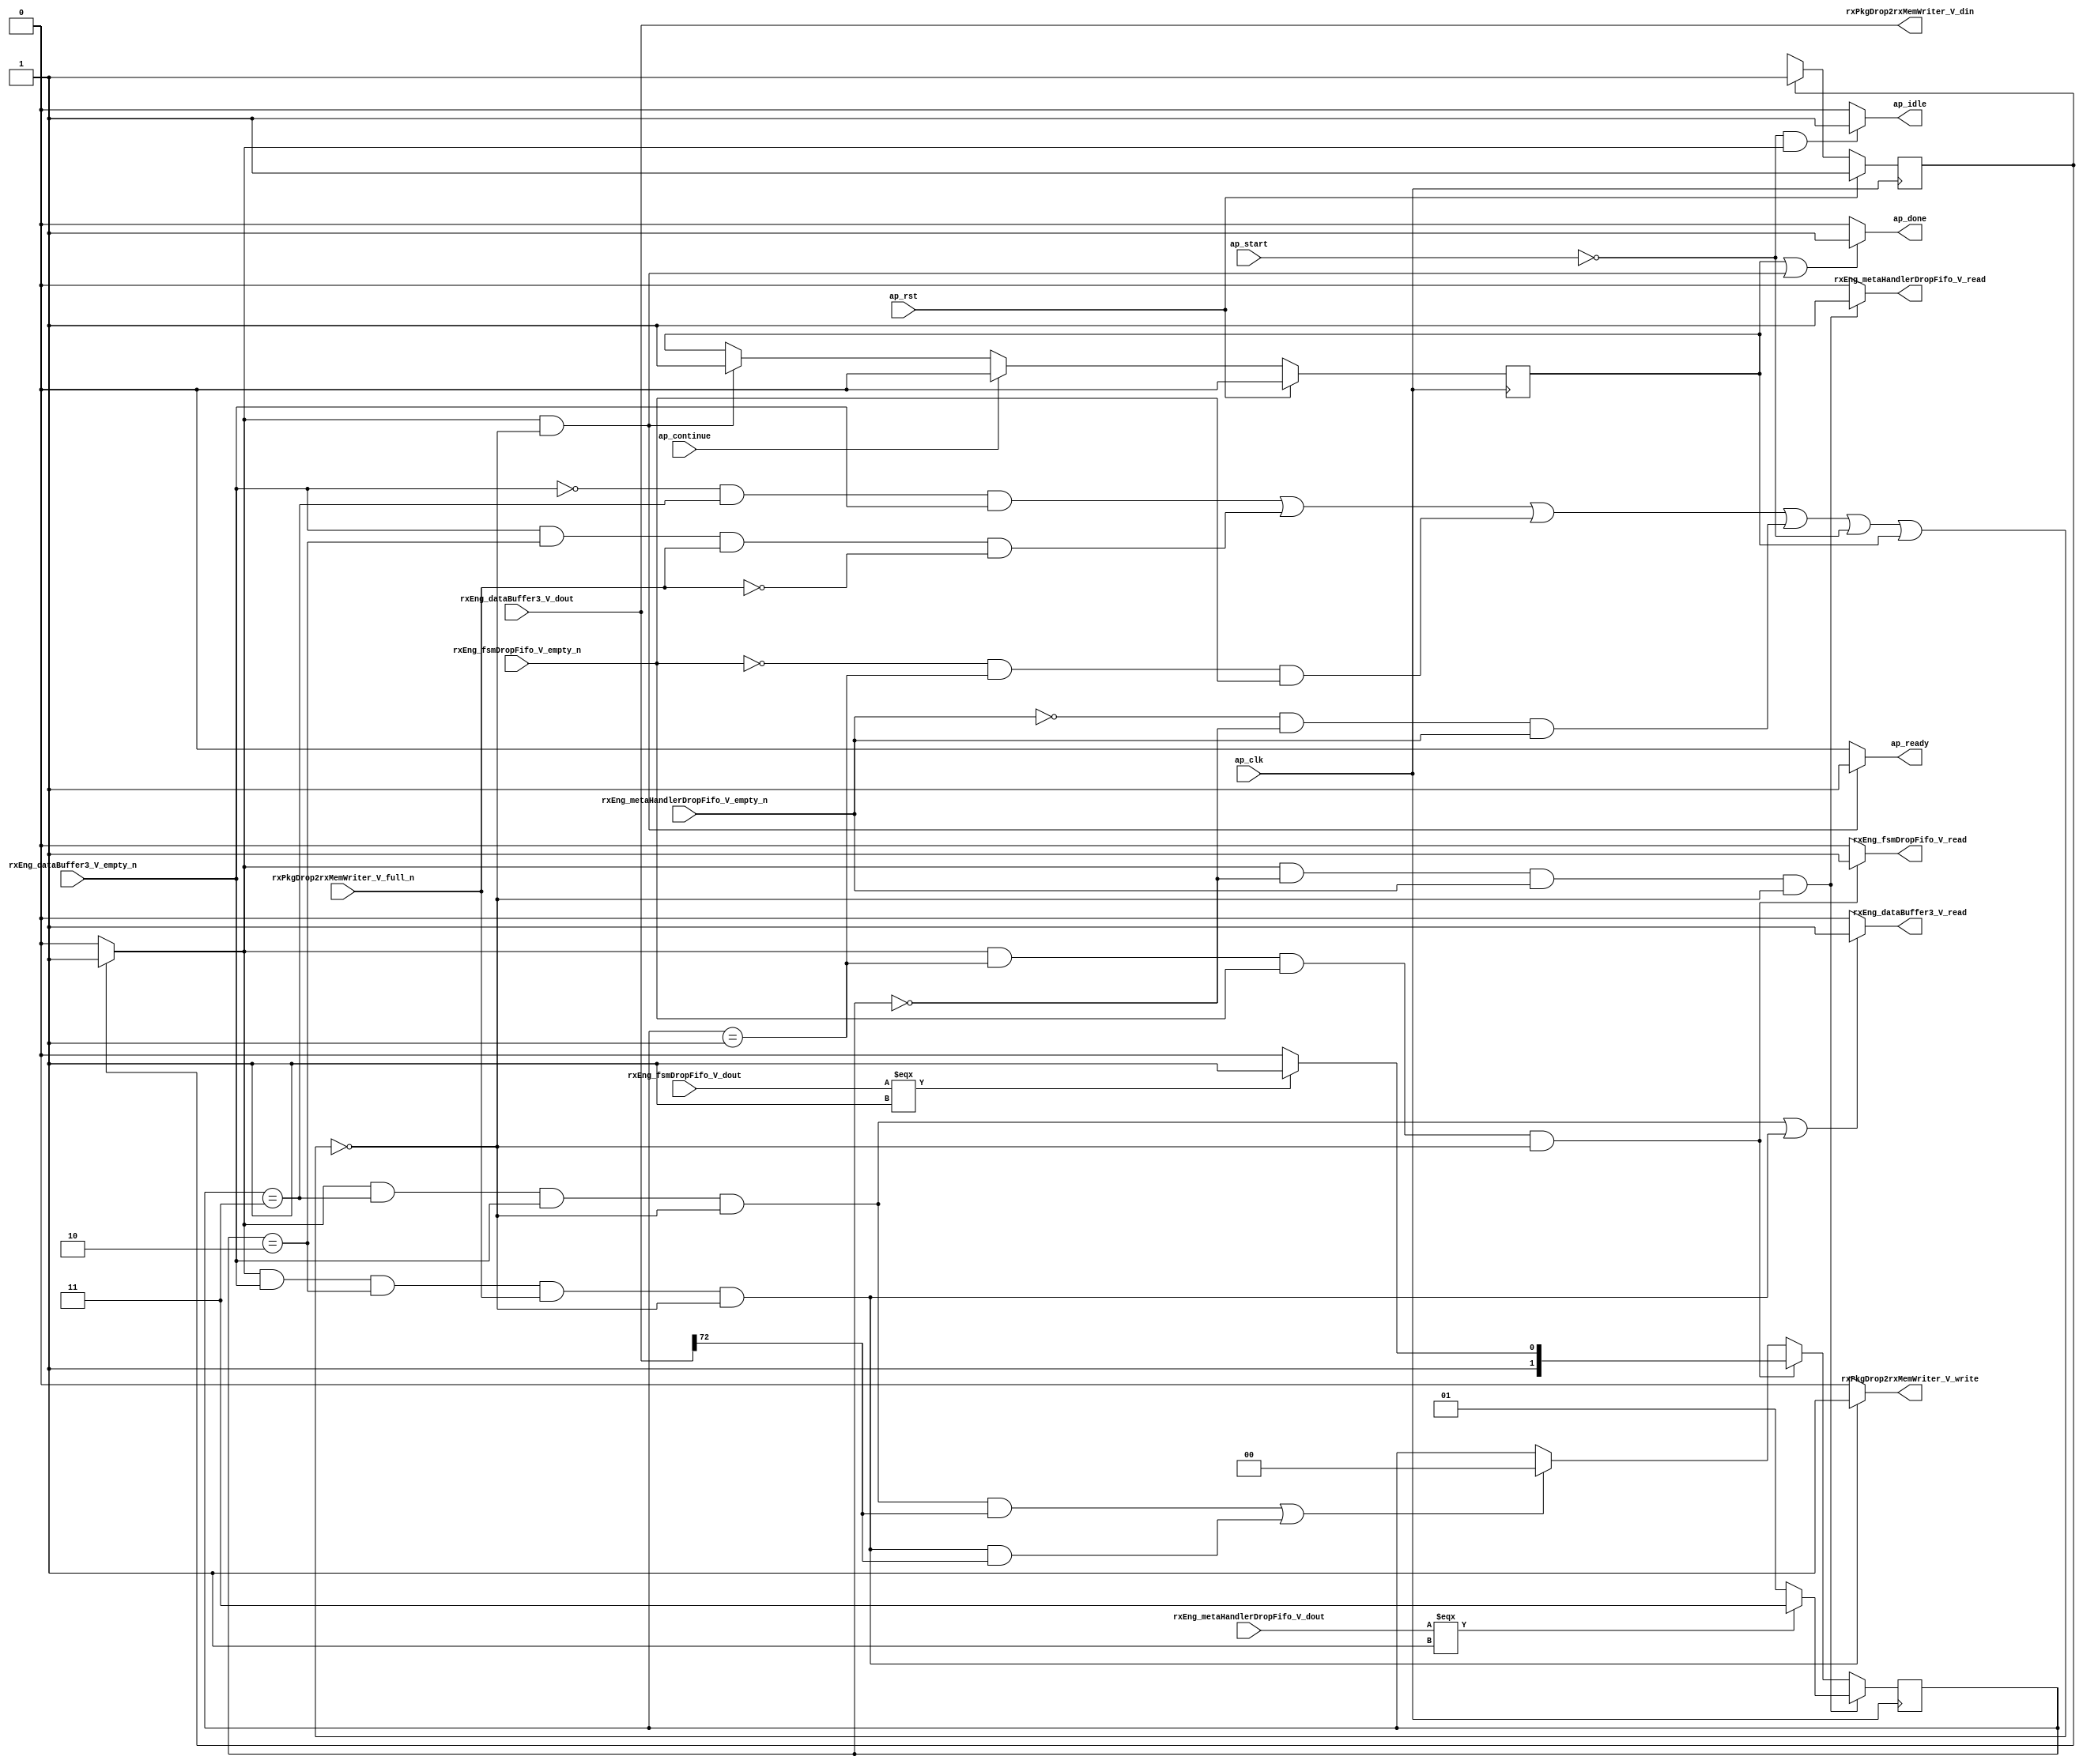
// ==============================================================
// RTL generated by Vivado(TM) HLS - High-Level Synthesis from C, C++ and SystemC
// Version: 2015.1
// Copyright (C) 2015 Xilinx Inc. All rights reserved.
// 
// ===========================================================

`timescale 1 ns / 1 ps 

module toe_rxPackageDropper (
        ap_clk,
        ap_rst,
        ap_start,
        ap_done,
        ap_continue,
        ap_idle,
        ap_ready,
        rxEng_metaHandlerDropFifo_V_dout,
        rxEng_metaHandlerDropFifo_V_empty_n,
        rxEng_metaHandlerDropFifo_V_read,
        rxEng_fsmDropFifo_V_dout,
        rxEng_fsmDropFifo_V_empty_n,
        rxEng_fsmDropFifo_V_read,
        rxEng_dataBuffer3_V_dout,
        rxEng_dataBuffer3_V_empty_n,
        rxEng_dataBuffer3_V_read,
        rxPkgDrop2rxMemWriter_V_din,
        rxPkgDrop2rxMemWriter_V_full_n,
        rxPkgDrop2rxMemWriter_V_write
);

parameter    ap_const_logic_1 = 1'b1;
parameter    ap_const_logic_0 = 1'b0;
parameter    ap_ST_st1_fsm_0 = 1'b1;
parameter    ap_const_lv32_0 = 32'b00000000000000000000000000000000;
parameter    ap_const_lv1_1 = 1'b1;
parameter    ap_const_lv2_0 = 2'b00;
parameter    ap_const_lv2_3 = 2'b11;
parameter    ap_const_lv1_0 = 1'b0;
parameter    ap_const_lv2_2 = 2'b10;
parameter    ap_const_lv2_1 = 2'b1;
parameter    ap_const_lv32_48 = 32'b1001000;
parameter    ap_true = 1'b1;

input   ap_clk;
input   ap_rst;
input   ap_start;
output   ap_done;
input   ap_continue;
output   ap_idle;
output   ap_ready;
input  [0:0] rxEng_metaHandlerDropFifo_V_dout;
input   rxEng_metaHandlerDropFifo_V_empty_n;
output   rxEng_metaHandlerDropFifo_V_read;
input  [0:0] rxEng_fsmDropFifo_V_dout;
input   rxEng_fsmDropFifo_V_empty_n;
output   rxEng_fsmDropFifo_V_read;
input  [72:0] rxEng_dataBuffer3_V_dout;
input   rxEng_dataBuffer3_V_empty_n;
output   rxEng_dataBuffer3_V_read;
output  [72:0] rxPkgDrop2rxMemWriter_V_din;
input   rxPkgDrop2rxMemWriter_V_full_n;
output   rxPkgDrop2rxMemWriter_V_write;

reg ap_done;
reg ap_idle;
reg ap_ready;
reg rxEng_metaHandlerDropFifo_V_read;
reg rxEng_fsmDropFifo_V_read;
reg rxEng_dataBuffer3_V_read;
reg rxPkgDrop2rxMemWriter_V_write;
reg    ap_done_reg = 1'b0;
(* fsm_encoding = "none" *) reg   [0:0] ap_CS_fsm = 1'b1;
reg    ap_sig_cseq_ST_st1_fsm_0;
reg    ap_sig_bdd_20;
reg   [1:0] tpf_state = 2'b00;
wire   [0:0] grp_nbreadreq_fu_76_p3;
wire   [0:0] tmp_111_nbwritereq_fu_90_p3;
wire   [0:0] tmp_106_nbreadreq_fu_106_p3;
wire   [0:0] tmp_nbreadreq_fu_120_p3;
reg    ap_sig_bdd_89;
wire   [0:0] grp_fu_135_p3;
wire   [1:0] storemerge_fu_153_p3;
wire   [1:0] storemerge8_fu_167_p3;
reg   [0:0] ap_NS_fsm;




/// the current state (ap_CS_fsm) of the state machine. ///
always @ (posedge ap_clk)
begin : ap_ret_ap_CS_fsm
    if (ap_rst == 1'b1) begin
        ap_CS_fsm <= ap_ST_st1_fsm_0;
    end else begin
        ap_CS_fsm <= ap_NS_fsm;
    end
end

/// ap_done_reg assign process. ///
always @ (posedge ap_clk)
begin : ap_ret_ap_done_reg
    if (ap_rst == 1'b1) begin
        ap_done_reg <= ap_const_logic_0;
    end else begin
        if ((ap_const_logic_1 == ap_continue)) begin
            ap_done_reg <= ap_const_logic_0;
        end else if (((ap_const_logic_1 == ap_sig_cseq_ST_st1_fsm_0) & ~ap_sig_bdd_89)) begin
            ap_done_reg <= ap_const_logic_1;
        end
    end
end

/// assign process. ///
always @(posedge ap_clk)
begin
    if (((ap_const_logic_1 == ap_sig_cseq_ST_st1_fsm_0) & (ap_const_lv2_0 == tpf_state) & ~(ap_const_lv1_0 == tmp_nbreadreq_fu_120_p3) & ~ap_sig_bdd_89)) begin
        tpf_state <= storemerge8_fu_167_p3;
    end else if (((ap_const_logic_1 == ap_sig_cseq_ST_st1_fsm_0) & (tpf_state == ap_const_lv2_1) & ~(ap_const_lv1_0 == tmp_106_nbreadreq_fu_106_p3) & ~ap_sig_bdd_89)) begin
        tpf_state <= storemerge_fu_153_p3;
    end else if ((((ap_const_logic_1 == ap_sig_cseq_ST_st1_fsm_0) & (tpf_state == ap_const_lv2_3) & ~(grp_nbreadreq_fu_76_p3 == ap_const_lv1_0) & ~ap_sig_bdd_89 & ~(ap_const_lv1_0 == grp_fu_135_p3)) | ((ap_const_logic_1 == ap_sig_cseq_ST_st1_fsm_0) & ~(grp_nbreadreq_fu_76_p3 == ap_const_lv1_0) & (tpf_state == ap_const_lv2_2) & ~(ap_const_lv1_0 == tmp_111_nbwritereq_fu_90_p3) & ~ap_sig_bdd_89 & ~(ap_const_lv1_0 == grp_fu_135_p3)))) begin
        tpf_state <= ap_const_lv2_0;
    end
end

/// ap_done assign process. ///
always @ (ap_done_reg or ap_sig_cseq_ST_st1_fsm_0 or ap_sig_bdd_89)
begin
    if (((ap_const_logic_1 == ap_done_reg) | ((ap_const_logic_1 == ap_sig_cseq_ST_st1_fsm_0) & ~ap_sig_bdd_89))) begin
        ap_done = ap_const_logic_1;
    end else begin
        ap_done = ap_const_logic_0;
    end
end

/// ap_idle assign process. ///
always @ (ap_start or ap_sig_cseq_ST_st1_fsm_0)
begin
    if ((~(ap_const_logic_1 == ap_start) & (ap_const_logic_1 == ap_sig_cseq_ST_st1_fsm_0))) begin
        ap_idle = ap_const_logic_1;
    end else begin
        ap_idle = ap_const_logic_0;
    end
end

/// ap_ready assign process. ///
always @ (ap_sig_cseq_ST_st1_fsm_0 or ap_sig_bdd_89)
begin
    if (((ap_const_logic_1 == ap_sig_cseq_ST_st1_fsm_0) & ~ap_sig_bdd_89)) begin
        ap_ready = ap_const_logic_1;
    end else begin
        ap_ready = ap_const_logic_0;
    end
end

/// ap_sig_cseq_ST_st1_fsm_0 assign process. ///
always @ (ap_sig_bdd_20)
begin
    if (ap_sig_bdd_20) begin
        ap_sig_cseq_ST_st1_fsm_0 = ap_const_logic_1;
    end else begin
        ap_sig_cseq_ST_st1_fsm_0 = ap_const_logic_0;
    end
end

/// rxEng_dataBuffer3_V_read assign process. ///
always @ (ap_sig_cseq_ST_st1_fsm_0 or tpf_state or grp_nbreadreq_fu_76_p3 or tmp_111_nbwritereq_fu_90_p3 or ap_sig_bdd_89)
begin
    if ((((ap_const_logic_1 == ap_sig_cseq_ST_st1_fsm_0) & (tpf_state == ap_const_lv2_3) & ~(grp_nbreadreq_fu_76_p3 == ap_const_lv1_0) & ~ap_sig_bdd_89) | ((ap_const_logic_1 == ap_sig_cseq_ST_st1_fsm_0) & ~(grp_nbreadreq_fu_76_p3 == ap_const_lv1_0) & (tpf_state == ap_const_lv2_2) & ~(ap_const_lv1_0 == tmp_111_nbwritereq_fu_90_p3) & ~ap_sig_bdd_89))) begin
        rxEng_dataBuffer3_V_read = ap_const_logic_1;
    end else begin
        rxEng_dataBuffer3_V_read = ap_const_logic_0;
    end
end

/// rxEng_fsmDropFifo_V_read assign process. ///
always @ (ap_sig_cseq_ST_st1_fsm_0 or tpf_state or tmp_106_nbreadreq_fu_106_p3 or ap_sig_bdd_89)
begin
    if (((ap_const_logic_1 == ap_sig_cseq_ST_st1_fsm_0) & (tpf_state == ap_const_lv2_1) & ~(ap_const_lv1_0 == tmp_106_nbreadreq_fu_106_p3) & ~ap_sig_bdd_89)) begin
        rxEng_fsmDropFifo_V_read = ap_const_logic_1;
    end else begin
        rxEng_fsmDropFifo_V_read = ap_const_logic_0;
    end
end

/// rxEng_metaHandlerDropFifo_V_read assign process. ///
always @ (ap_sig_cseq_ST_st1_fsm_0 or tpf_state or tmp_nbreadreq_fu_120_p3 or ap_sig_bdd_89)
begin
    if (((ap_const_logic_1 == ap_sig_cseq_ST_st1_fsm_0) & (ap_const_lv2_0 == tpf_state) & ~(ap_const_lv1_0 == tmp_nbreadreq_fu_120_p3) & ~ap_sig_bdd_89)) begin
        rxEng_metaHandlerDropFifo_V_read = ap_const_logic_1;
    end else begin
        rxEng_metaHandlerDropFifo_V_read = ap_const_logic_0;
    end
end

/// rxPkgDrop2rxMemWriter_V_write assign process. ///
always @ (ap_sig_cseq_ST_st1_fsm_0 or tpf_state or grp_nbreadreq_fu_76_p3 or tmp_111_nbwritereq_fu_90_p3 or ap_sig_bdd_89)
begin
    if (((ap_const_logic_1 == ap_sig_cseq_ST_st1_fsm_0) & ~(grp_nbreadreq_fu_76_p3 == ap_const_lv1_0) & (tpf_state == ap_const_lv2_2) & ~(ap_const_lv1_0 == tmp_111_nbwritereq_fu_90_p3) & ~ap_sig_bdd_89)) begin
        rxPkgDrop2rxMemWriter_V_write = ap_const_logic_1;
    end else begin
        rxPkgDrop2rxMemWriter_V_write = ap_const_logic_0;
    end
end
/// the next state (ap_NS_fsm) of the state machine. ///
always @ (ap_CS_fsm or ap_sig_bdd_89)
begin
    case (ap_CS_fsm)
        ap_ST_st1_fsm_0 : 
        begin
            ap_NS_fsm = ap_ST_st1_fsm_0;
        end
        default : 
        begin
            ap_NS_fsm = 'bx;
        end
    endcase
end


/// ap_sig_bdd_20 assign process. ///
always @ (ap_CS_fsm)
begin
    ap_sig_bdd_20 = (ap_CS_fsm[ap_const_lv32_0] == ap_const_lv1_1);
end

/// ap_sig_bdd_89 assign process. ///
always @ (ap_start or ap_done_reg or tpf_state or rxEng_metaHandlerDropFifo_V_empty_n or rxEng_fsmDropFifo_V_empty_n or rxEng_dataBuffer3_V_empty_n or rxPkgDrop2rxMemWriter_V_full_n or grp_nbreadreq_fu_76_p3 or tmp_111_nbwritereq_fu_90_p3 or tmp_106_nbreadreq_fu_106_p3 or tmp_nbreadreq_fu_120_p3)
begin
    ap_sig_bdd_89 = (((rxEng_dataBuffer3_V_empty_n == ap_const_logic_0) & (tpf_state == ap_const_lv2_3) & ~(grp_nbreadreq_fu_76_p3 == ap_const_lv1_0)) | ((rxEng_dataBuffer3_V_empty_n == ap_const_logic_0) & ~(grp_nbreadreq_fu_76_p3 == ap_const_lv1_0) & (tpf_state == ap_const_lv2_2) & ~(ap_const_lv1_0 == tmp_111_nbwritereq_fu_90_p3)) | (~(grp_nbreadreq_fu_76_p3 == ap_const_lv1_0) & (tpf_state == ap_const_lv2_2) & ~(ap_const_lv1_0 == tmp_111_nbwritereq_fu_90_p3) & (rxPkgDrop2rxMemWriter_V_full_n == ap_const_logic_0)) | ((rxEng_fsmDropFifo_V_empty_n == ap_const_logic_0) & (tpf_state == ap_const_lv2_1) & ~(ap_const_lv1_0 == tmp_106_nbreadreq_fu_106_p3)) | ((rxEng_metaHandlerDropFifo_V_empty_n == ap_const_logic_0) & (ap_const_lv2_0 == tpf_state) & ~(ap_const_lv1_0 == tmp_nbreadreq_fu_120_p3)) | (ap_start == ap_const_logic_0) | (ap_done_reg == ap_const_logic_1));
end
assign grp_fu_135_p3 = rxEng_dataBuffer3_V_dout[ap_const_lv32_48];
assign grp_nbreadreq_fu_76_p3 = rxEng_dataBuffer3_V_empty_n;
assign rxPkgDrop2rxMemWriter_V_din = rxEng_dataBuffer3_V_dout;
assign storemerge8_fu_167_p3 = ((rxEng_metaHandlerDropFifo_V_dout[0:0]===1'b1)? ap_const_lv2_3: ap_const_lv2_1);
assign storemerge_fu_153_p3 = ((rxEng_fsmDropFifo_V_dout[0:0]===1'b1)? ap_const_lv2_3: ap_const_lv2_2);
assign tmp_106_nbreadreq_fu_106_p3 = rxEng_fsmDropFifo_V_empty_n;
assign tmp_111_nbwritereq_fu_90_p3 = rxPkgDrop2rxMemWriter_V_full_n;
assign tmp_nbreadreq_fu_120_p3 = rxEng_metaHandlerDropFifo_V_empty_n;


endmodule //toe_rxPackageDropper